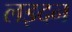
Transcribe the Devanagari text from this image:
लइदन